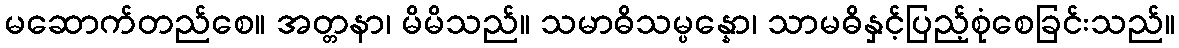
မဆောက်တည်စေ။ အတ္တနာ၊ မိမိသည်။ သမာဓိသမ္ပန္နော၊ သာမဓိနှင့်ပြည့်စုံစေခြင်းသည်။